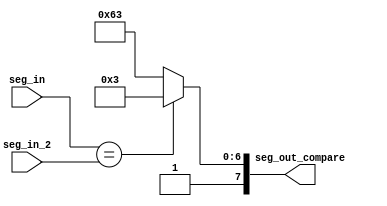
`timescale 1ns / 1ps
//////////////////////////////////////////////////////////////////////////////////
// Company: 
// Engineer: 
// 
// Design Name: 
// Module Name: seven_seg
// Project Name: 
// Target Devices: 
// Tool Versions: 
// Description: 
// 
// Dependencies: 
// 
// Revision:
// Revision 0.01 - File Created
// Additional Comments:
// 
//////////////////////////////////////////////////////////////////////////////////


module seven_seg_compare1(
    input [3:0] seg_in,
    input [3:0] seg_in_2,
    output reg [7:0] seg_out_compare
    );
    
    always@(*) begin
    if (seg_in == seg_in_2)
    begin
    seg_out_compare <= 8'b10000011;//U
    end
    else
    begin
    seg_out_compare <= 8'b11100011;//L
    end
    
    end
endmodule